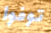
توفوا